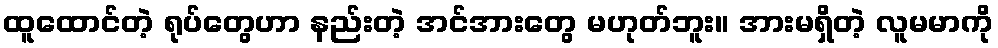
ထူထောင်တဲ့ ရုပ်တွေဟာ နည်းတဲ့ အင်အားတွေ မဟုတ်ဘူး။ အားမရှိတဲ့ လူမမာကို